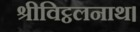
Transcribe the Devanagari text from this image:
श्रीविट्ठलनाथ।